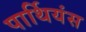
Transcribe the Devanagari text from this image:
पार्थियंस